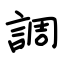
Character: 調